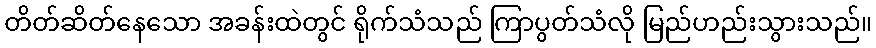
တိတ်ဆိတ်နေသော အခန်းထဲတွင် ရိုက်သံသည် ကြာပွတ်သံလို မြည်ဟည်းသွားသည်။